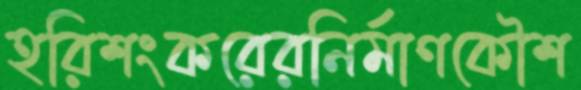
হরিশংকরেরনির্মাণকৌশ